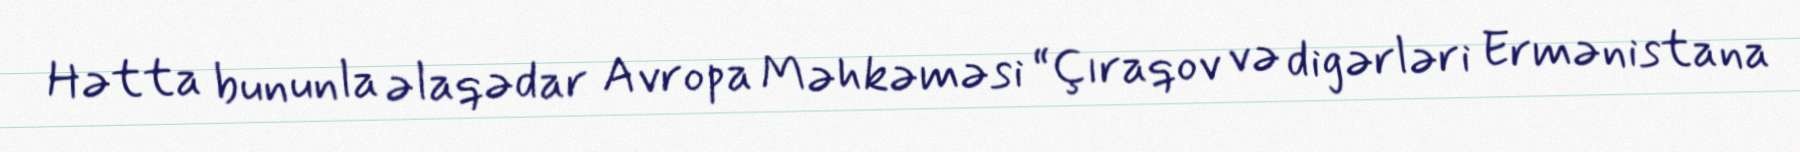
Hətta bununla əlaqədar Avropa Məhkəməsi “Çıraqov və digərləri Ermənistana